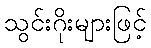
သွင်းဂိုးများဖြင့်